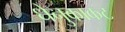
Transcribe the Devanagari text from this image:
धेनुकाकट